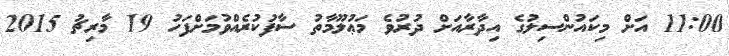
11:00 އަށް މިކައުންސިލުގެ އިދާރާއަށް ދުރުވެ މަޢުލޫމާތު ސާފުކުރެއްވުމަށްފަހު 19 މާރިޗު 2015